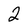
Character: 2